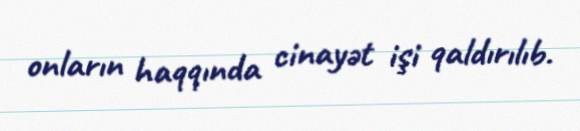
onların haqqında cinayət işi qaldırılıb.